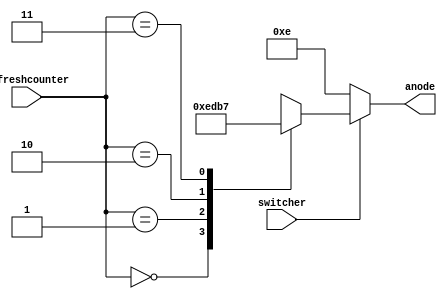
`timescale 1ns / 1ps

module anode_control(
input [1:0] refreshcounter,
input switcher,
output reg [3:0] anode = 0
);
    always@(refreshcounter)
    
    begin
        if(switcher == 1)begin
        case(refreshcounter)
        2'b00:
            anode = 4'b1110;
        2'b01:
            anode = 4'b1101;
        2'b10:
            anode = 4'b1011;
        2'b11:
            anode = 4'b0111;
        endcase end
        
        else
            anode = 4'b1110;
        
    end
    
endmodule